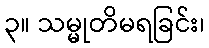
၃။ သမ္မုတိမရခြင်း၊